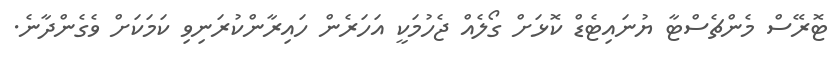
ޓޮރޭސް މެންޗެސްޓާ ޔުނައިޓެޑް ކޮޅަށް ގޯލެއް ޖެހުމަކީ އަހަރެން ހައިރާންކުރަނިވި ކަމަކަށް ވެގެންދާނެ.